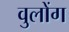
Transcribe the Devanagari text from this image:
वुलोंग